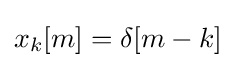
x_{k}[m]=\delta [m-k]